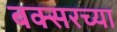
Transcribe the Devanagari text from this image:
बक्सरच्या